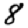
Digit: 8